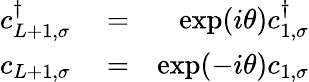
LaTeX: \begin{array}{rlr}{c_{L+1,\sigma}^{\dagger}}&{{}=}&{\exp(i\theta)c_{1,\sigma}^{\dagger}}\\ {c_{L+1,\sigma}}&{{}=}&{\exp(-i\theta)c_{1,\sigma}}\end{array}